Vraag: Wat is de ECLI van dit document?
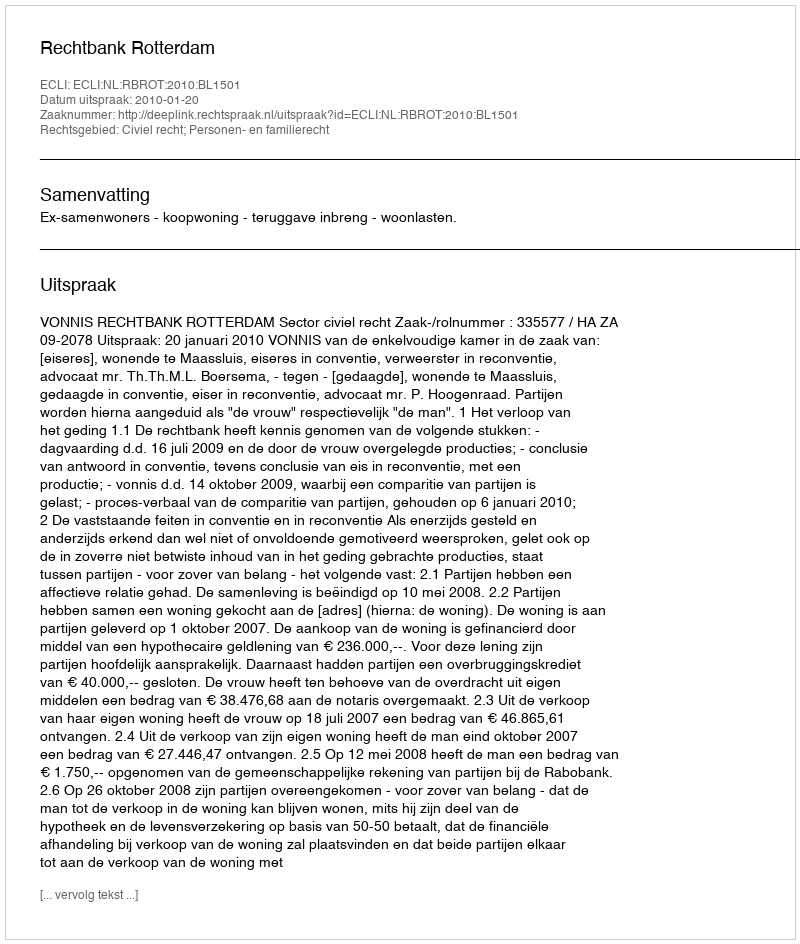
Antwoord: ECLI:NL:RBROT:2010:BL1501